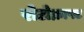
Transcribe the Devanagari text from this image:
रोटोक्राफ्ट